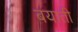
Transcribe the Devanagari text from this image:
बयाती